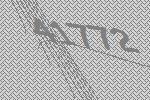
41772